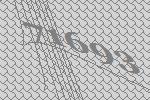
71693